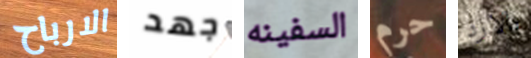
الارباح جهد السفينه حرم بالارد